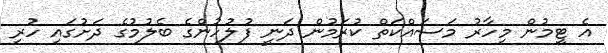
އެ ޓީމުން މިހާރު މަސައްކަތް ކުރަމުން ދަނީ ފުލުހުންގެ ބެލުމުގެ ދަށުގައި ހުރި